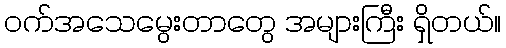
၀က်အသေမွေးတာတွေ အများကြီး ရှိတယ်။